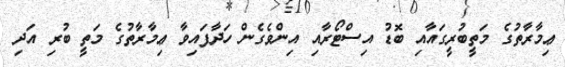
ޢިމާރާތުގެ މަތީބުރީގައާއި ބޮޑު އިސްޓޯރާއި އިންވެގެން ހަދާފައިވާ ޢިމާރާތުގެ މަތީ ބުރި އަދި